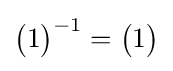
\left({\begin{matrix}1\end{matrix}}\right)^{-1}=\left({\begin{matrix}1\end{matrix}}\right)